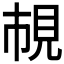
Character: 𧠎